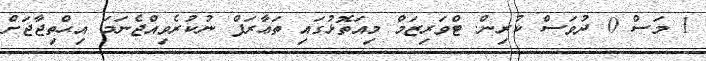
1 މަސް 0 ދުވަސް ކުރިން. ޓްވަރިޒަމް މިއަތޮޅުގައި ތަޢާރަފް ނުކުރެވިއްޖެނަމަ އިޙްތިޖާޖަށް